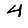
Digit: 4